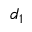
d _ { 1 }